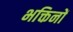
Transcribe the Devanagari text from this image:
भक्तिनों